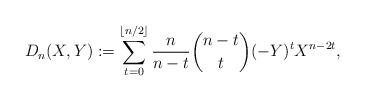
LaTeX: \begin{align*}D_n(X,Y):=\sum_{t=0}^{\lfloor n/2\rfloor}\frac{n}{n-t}\binom{n-t}{t}(-Y)^tX^{n-2t},\end{align*}